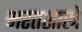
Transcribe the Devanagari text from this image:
भरतशास्त्रे